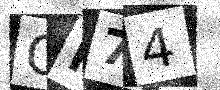
Text: GM74